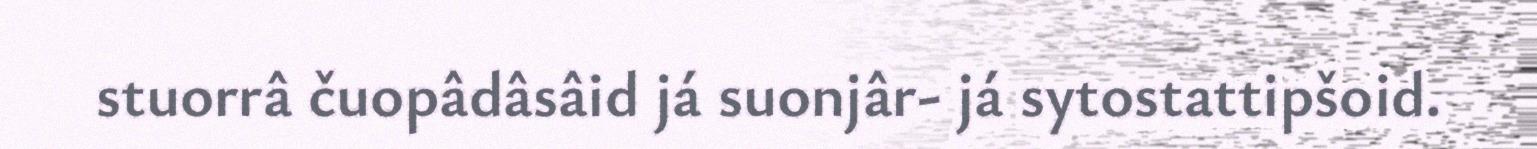
stuorrâ čuopâdâsâid já suonjâr- já sytostattipšoid.